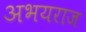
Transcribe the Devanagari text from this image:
अभयराज